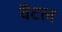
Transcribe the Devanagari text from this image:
वैटल